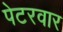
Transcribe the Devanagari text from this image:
पेटरवार